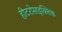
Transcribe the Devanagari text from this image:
हीटरोसाइक्लिक